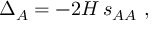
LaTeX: \Delta _ { A } = - 2 H \, s _ { A A } ~ ,